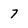
Character: 7